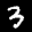
Label: 3